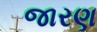
જારણ